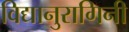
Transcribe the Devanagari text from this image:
विद्यानुरागिनी